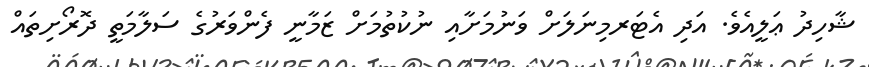
ޝާހިދު ޢަލީއެވެ. އަދި އެޓަރމިނަލަށް ވަނުމަަށާއި ނުކުތުމަށް ޒަމާނީ ފެންވަރުގެ ސަލާމަތީ ދޮރޯށިތައް